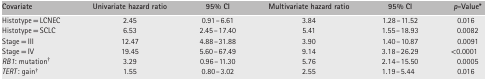
<table><thead><tr><td><b>Covariate</b></td><td><b>Univariate hazard ratio</b></td><td><b>95% CI</b></td><td><b>Multivariate hazard ratio</b></td><td><b>95% CI</b></td><td><b><i>p</i>‐Value*</b></td></tr></thead><tbody><tr><td>Histotype = LCNEC</td><td>2.45</td><td>0.91–6.61</td><td>3.84</td><td>1.28–11.52</td><td>0.016 </td></tr><tr><td>Histotype = SCLC</td><td>6.53</td><td>2.45–17.40</td><td>5.41</td><td>1.55–18.93</td><td>0.0082</td></tr><tr><td>Stage = III</td><td>12.47</td><td>4.88–31.88</td><td>3.90</td><td>1.40–10.87</td><td>0.0091</td></tr><tr><td>Stage = IV</td><td>19.45</td><td>5.60–67.49</td><td>9.14</td><td>3.18–26.29</td><td>&lt;0.0001</td></tr><tr><td><i>RB1</i>: mutation†</td><td>3.29</td><td>0.96–11.30</td><td>5.76</td><td>2.14–15.50</td><td>0.0005</td></tr><tr><td><i>TERT</i>: gain†</td><td>1.55</td><td>0.80–3.02</td><td>2.55</td><td>1.19–5.44 </td><td>0.016 </td></tr></tbody></table>